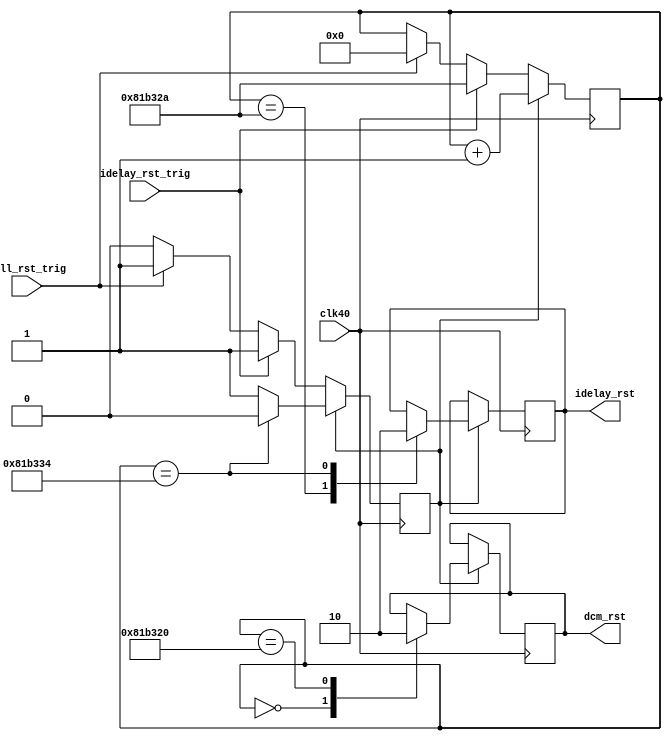
module reset_ctrl(
	input clk40,
	input idelay_rst_trig,
	input full_rst_trig,
	output reg dcm_rst = 1'b0,
	output reg idelay_rst = 1'b0
);
// Ports
/*input 	clk40;
input 	idelay_rst_trig;
input		full_rst_trig;
output 	dcm_rst;
output 	idelay_rst;*/
// Internal registers
//reg 			dcm_rst;
//reg 			idelay_rst;
reg 			rst_flag = 1'b0;
reg [23:0]	rst_count = 24'd0;
always @(posedge clk40) begin
	if (rst_flag) begin
		//Triggered
		rst_count <= rst_count + 1'd1;
		case (rst_count)
			24'd0: begin
				//Begin resetting DCM
				dcm_rst <= 1'b1;
				idelay_rst <= idelay_rst;
				rst_flag <= rst_flag;
			end
			24'd8500000: begin
				//212.5ms have passed.  Stop reset then reset idelayctrl
				dcm_rst <= 1'b0;
				idelay_rst <= idelay_rst;
				rst_flag <= rst_flag;
			end
			24'd8500010: begin
				//idelayctrl is reset.  Now do idelays
				idelay_rst <= 1'b1;
				dcm_rst <= dcm_rst;
				rst_flag <= rst_flag;
			end
			24'd8500020: begin
				//Finished
				idelay_rst <= 1'b0;
				dcm_rst <= dcm_rst;
				rst_flag <= 1'b0;
			end
		endcase
	end else begin
		//Not triggered yet
		if (idelay_rst_trig) begin
			//Trigger partial reset
			rst_flag <= 1'b1;
			rst_count <= 24'd8500010;
			idelay_rst <= idelay_rst;
			dcm_rst <= dcm_rst;
		end else begin
			//Trigger full reset
			if (full_rst_trig) begin
				rst_flag <= 1'b1;
				rst_count <= 24'd0;
				idelay_rst <= idelay_rst;
				dcm_rst <= dcm_rst;
			end
		end
	end
end
endmodule